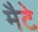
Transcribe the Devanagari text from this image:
मैटे